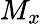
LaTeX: M_{x}